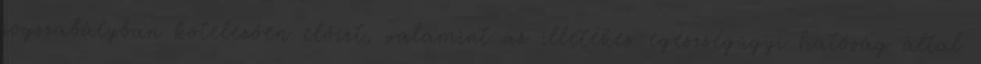
jogszabályban kötelezően előírt, valamint az illetékes egészségügyi hatóság által